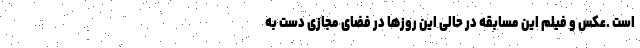
است .عکس و فیلم این مسابقه در حالی این روزها در فضای مجازی دست به